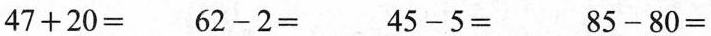
$$4 7 + 2 0 =$$ $$6 2 - 2 =$$ $$4 5 - 5 =$$ $$8 5 - 8 0 =$$